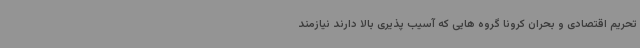
تحریم اقتصادی و بحران کرونا گروه هایی که آسیب پذیری بالا دارند نیازمند